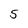
Character: 5